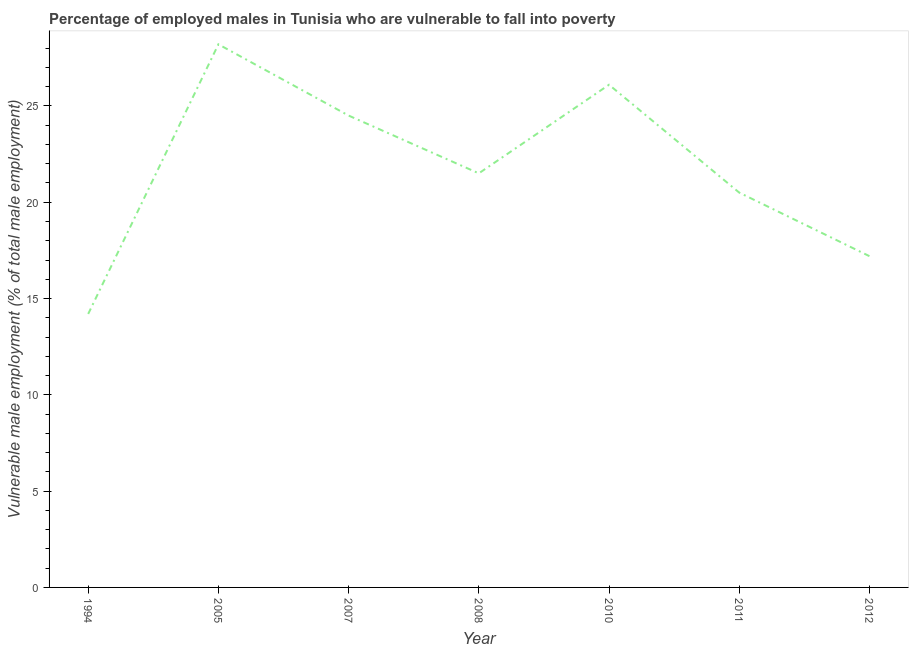
| Year | Percentage of employed males who are vulnerable to fall into poverty |
 | --- | --- |
 | 1994 | 14.2 |
 | 2005 | 28.2 |
 | 2007 | 24.5 |
 | 2008 | 21.5 |
 | 2010 | 26.1 |
 | 2011 | 20.5 |
 | 2012 | 17.2 |